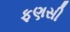
ફણસી